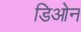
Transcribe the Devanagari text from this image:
डिओन